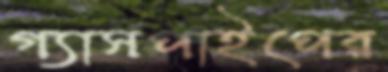
গ্যাসপাইপের